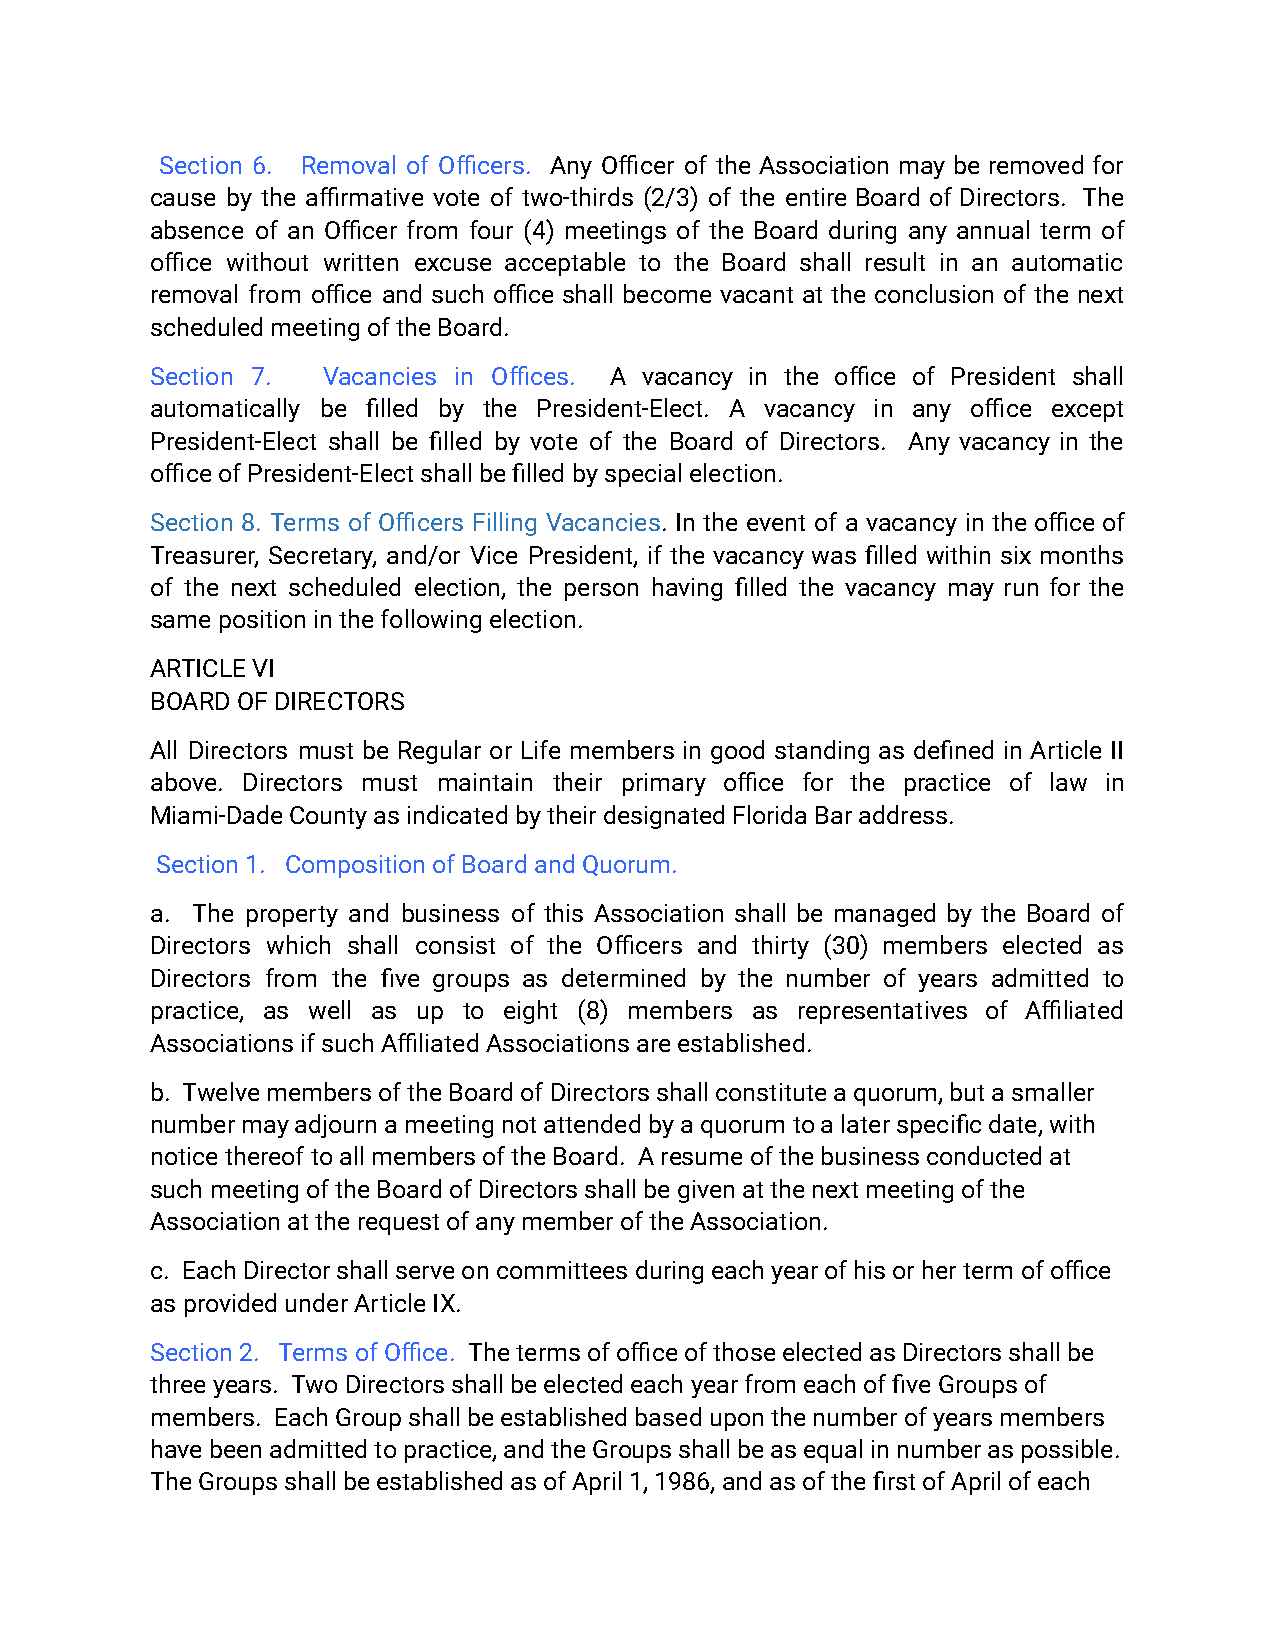
Section 6. Removal of Officers. Any Officer of the Association may be removed for
 cause by the affirmative vote of two‑thirds (2/3) of the entire Board of Directors. The
 absence of an Officer from four (4) meetings of the Board during any annual term of
 office without written excuse acceptable to the Board shall result in an automatic
 removal from office and such office shall become vacant at the conclusion of the next
 scheduled meeting of the Board.
 Section 7. Vacancies in Offices. A vacancy in the office of President shall
 automatically be filled by the President‑Elect. A vacancy in any office except
 President‑Elect shall be filled by vote of the Board of Directors. Any vacancy in the
 office of President‑Elect shall be filled by specialelection.
 Section 8. Terms of Officers Filling Vacancies. In the event of a vacancy in theofficeof
 Treasurer, Secretary, and/or Vice President, if the vacancy was filled within six months
 of the next scheduled election, the person having filled the vacancy may run for the
 same position in the following election.
 ARTICLE VI
 BOARD OF DIRECTORS
 All Directors must be Regular or Life members in good standing as defined in Article II
 above. Directors must maintain their primary office for the practice of law in
 Miami-Dade County as indicated by their designatedFlorida Bar address.
 Section 1. Composition of Board and Quorum.
 a. The property and business of this Association shall be managed by the Board of
 Directors which shall consist of the Officers and thirty (30) members elected as
 Directors from the five groups as determined by the number of years admitted to
 practice, as well as up to eight (8) members as representatives of Affiliated
 Associations if such Affiliated Associations are established.
 b. Twelve members of the Board of Directors shall constitute a quorum, but a smaller
 number may adjourn a meeting not attended by a quorumto a later specific date, with
 notice thereof to all members of the Board. A resumeof the business conducted at
 such meeting of the Board of Directors shall be givenat the next meeting of the
 Association at the request of any member of the Association.
 c. Each Director shall serve on committees duringeach year of his or her term of office
 as provided under Article IX.
 Section 2. Terms of Office. The terms of officeof those elected as Directors shall be
 three years. Two Directors shall be elected each year from each of five Groups of
 members. Each Group shall be established based uponthe number of years members
 have been admitted to practice, and the Groups shallbe as equal in number as possible.
 The Groups shall be established as of April 1, 1986,and as of the first of April of each